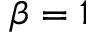
\beta = 1